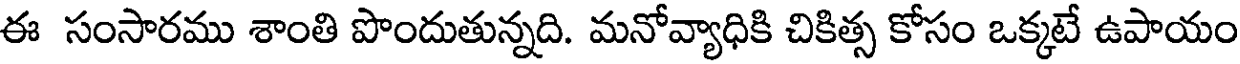
ఈ సంసారము శాంతి పొందుతున్నది. మనోవ్యాధికి చికిత్స కోసం ఒక్కటే ఉపాయం